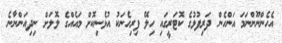
އެހެންނޫންނަމަ އަންހެން ދަރިފުޅުގެ ކޮޓަރީގައި ހިލޭ ފިރިހެނަކު އުޅެނިކޮށް މައެއްގެ ލޮލަށް ނިދިއަންނާނެ